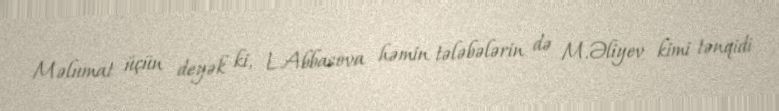
Məlumat üçün deyək ki, L.Abbasova həmin tələbələrin də M.Əliyev kimi tənqidi